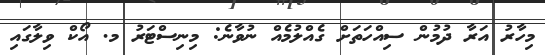
މިހާރު އަރާ ދުމުން ސިއްހަތަށް ގެއްލުމެއް ނުވާނެ: މިނިސްޓަރު މ. އޯކް ވިލާގައި